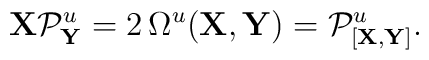
{\bf X} {\cal P}^{u}_{\bf Y} =2\,\Omega^{u} ({\bf X} , {\bf Y} ) ={\cal P}^{u}_{[{\bf X},{\bf Y}]}.